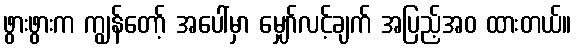
ဖွားဖွားက ကျွန်တော့် အပေါ်မှာ မျှော်လင့်ချက် အပြည့်အဝ ထားတယ်။